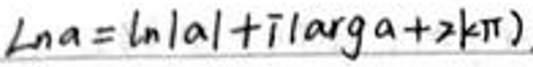
$\mathrm{Ln}a = \ln|a|+i(\arg a + 2k\pi)$